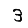
Digit: 3